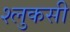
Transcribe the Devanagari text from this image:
श्लुकसी